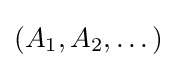
\textstyle (A_{1},A_{2},\dots )